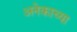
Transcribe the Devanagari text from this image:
अनेकाच्या